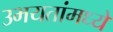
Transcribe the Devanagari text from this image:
उभयतांमध्ये